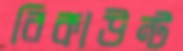
রিকাউন্ট